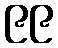
၉၉